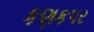
કણકપર